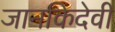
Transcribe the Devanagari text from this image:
जानकिदेवी